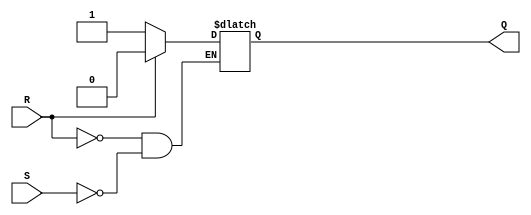
module sr_flipflop (
    input S,
    input R,
    output reg Q
);

always @ (S, R)
begin
    if (R)
        Q <= 1'b0; // Reset Q to low
    else if (S)
        Q <= 1'b1; // Set Q to high
end

endmodule